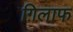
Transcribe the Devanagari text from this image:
ग़िलाफ